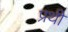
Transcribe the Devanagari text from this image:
प्रथी